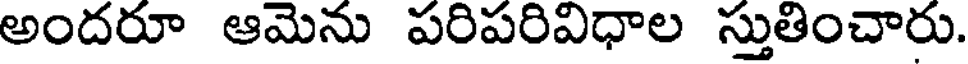
అందరూ ఆమెను పరిపరివిధాల స్తుతించారు.